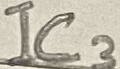
Text: IC3